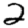
Digit: 2